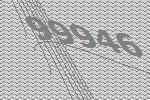
99946